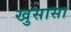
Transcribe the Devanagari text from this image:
खुसासा